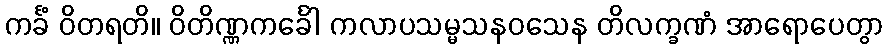
ကင်္ခံ ဝိတရတိ။ ဝိတိဏ္ဏကင်္ခေါ ကလာပသမ္မသနဝသေန တိလက္ခဏံ အာရောပေတွာ